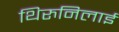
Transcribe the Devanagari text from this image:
थिरुनिलाई